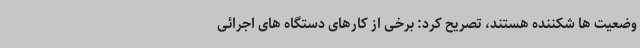
وضعیت ها شکننده هستند، تصریح کرد: برخی از کارهای دستگاه های اجرائی